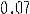
0.07